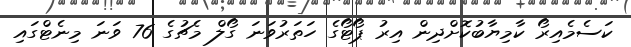
ކަސެމެއިރޯ ކާމިޔާބުކޮށްދިން އިރު ޕޯޓޯގެ ހަތަރުވަނަ ގޯލް މެޗުގެ 76 ވަަނަ މިނެޓްގައި